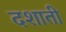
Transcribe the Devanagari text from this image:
दशाती